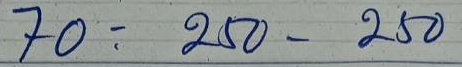
70 = 250 -250